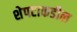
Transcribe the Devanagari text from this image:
शेपटाकडील